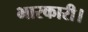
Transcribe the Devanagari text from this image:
भारकारी।